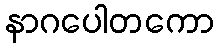
နာဂပေါတကော